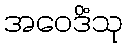
အဝေဒိံသု